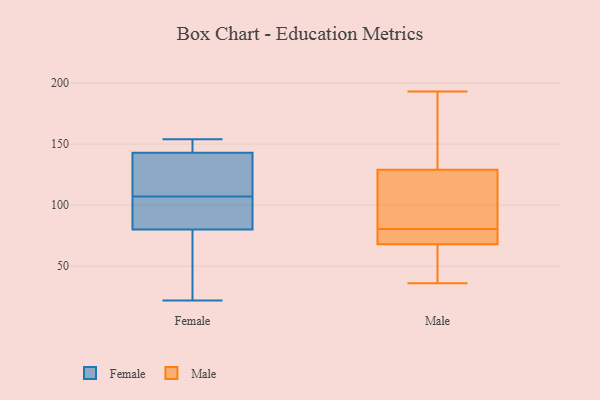
{"axis": {"x": "Production Output", "y": "Value"}, "legend": ["Female", "Male"], "data": [{"x": "", "y": 80, "type": "Female"}, {"x": "", "y": 115, "type": "Female"}, {"x": "", "y": 22, "type": "Female"}, {"x": "", "y": 100, "type": "Female"}, {"x": "", "y": 143, "type": "Female"}, {"x": "", "y": 152, "type": "Female"}, {"x": "", "y": 41, "type": "Female"}, {"x": "", "y": 36, "type": "Female"}, {"x": "", "y": 127, "type": "Female"}, {"x": "", "y": 112, "type": "Female"}, {"x": "", "y": 146, "type": "Female"}, {"x": "", "y": 154, "type": "Female"}, {"x": "", "y": 102, "type": "Female"}, {"x": "", "y": 94, "type": "Female"}, {"x": "", "y": 43, "type": "Male"}, {"x": "", "y": 184, "type": "Male"}, {"x": "", "y": 74, "type": "Male"}, {"x": "", "y": 106, "type": "Male"}, {"x": "", "y": 193, "type": "Male"}, {"x": "", "y": 150, "type": "Male"}, {"x": "", "y": 70, "type": "Male"}, {"x": "", "y": 65, "type": "Male"}, {"x": "", "y": 84, "type": "Male"}, {"x": "", "y": 68, "type": "Male"}, {"x": "", "y": 119, "type": "Male"}, {"x": "", "y": 77, "type": "Male"}, {"x": "", "y": 36, "type": "Male"}, {"x": "", "y": 129, "type": "Male"}]}